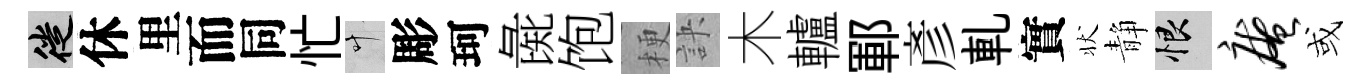
徙休里而同忙叶彫珂彘饱梗訣木轤鄆彥軋實状静恨庵或